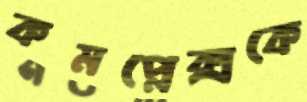
কমপ্লেক্সকে